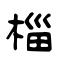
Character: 椔